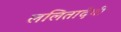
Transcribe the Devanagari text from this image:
ललितादेवी